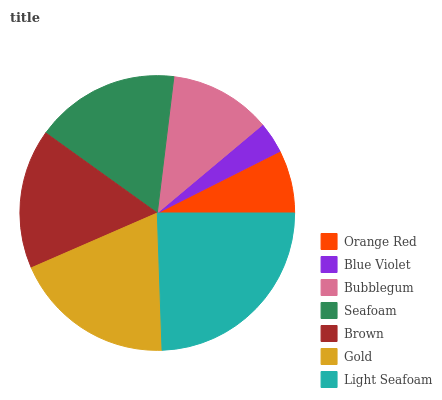
| Orange Red | Blue Violet | Bubblegum | Seafoam | Brown | Gold | Light Seafoam |
 | --- | --- | --- | --- | --- | --- | --- |
 | 7.42% | 3.69% | 12% | 17% | 16.4% | 18.9% | 24.5% |